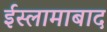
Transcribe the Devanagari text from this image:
ईस्लामाबाद